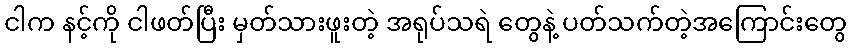
ငါက နင့်ကို ငါဖတ်ပြီး မှတ်သားဖူးတဲ့ အရုပ်သရဲ တွေနဲ့ ပတ်သက်တဲ့အကြောင်းတွေ